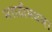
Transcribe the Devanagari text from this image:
मराठीमधला